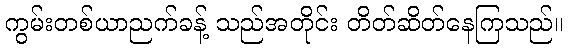
ကွမ်းတစ်ယာညက်ခန့် သည်အတိုင်း တိတ်ဆိတ်နေကြသည်။